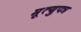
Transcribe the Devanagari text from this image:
मृ्त्युपत्र